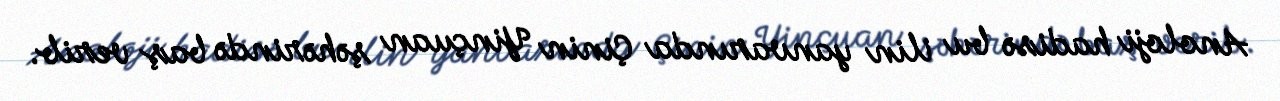
Anoloji hadisə bu ilin yanvarında Çinin Yinçuan şəhərində baş verib.